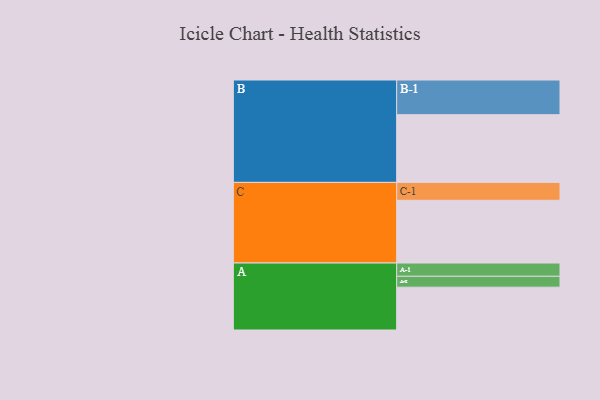
{"axis": {"x": "Segment", "y": "Value"}, "legend": ["", "A", "B", "C"], "data": [{"x": "A", "y": 342, "type": ""}, {"x": "B", "y": 541, "type": ""}, {"x": "C", "y": 501, "type": ""}, {"x": "A-1", "y": 106, "type": "A"}, {"x": "A-2", "y": 87, "type": "A"}, {"x": "B-1", "y": 277, "type": "B"}, {"x": "C-1", "y": 143, "type": "C"}]}